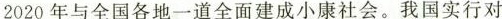
2020年与全国各地一道全面建成小康社会。我国实行对